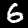
Label: 6